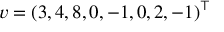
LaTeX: v = ( 3 , 4 , 8 , 0 , - 1 , 0 , 2 , - 1 ) ^ { \top }